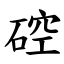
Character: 硿